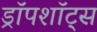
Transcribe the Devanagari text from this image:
ड्रॉपशॉट्स